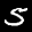
Label: 5